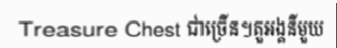
Treasure Chest ជាច្រើន។តួអង្គនីមួយ